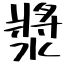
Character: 漿